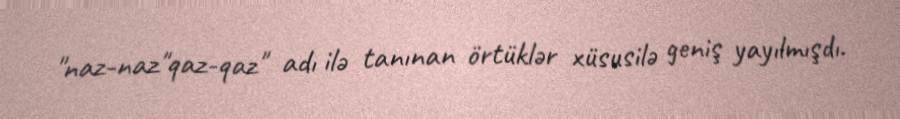
"naz-naz"qaz-qaz" adı ilə tanınan örtüklər xüsusilə geniş yayılmışdı.